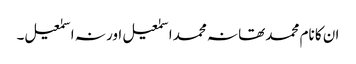
ان کا نام محمد تھا نہ محمد اسمٰعیل اور نہ اسمٰعیل۔